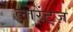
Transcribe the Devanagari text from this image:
लोरेंट्ज़